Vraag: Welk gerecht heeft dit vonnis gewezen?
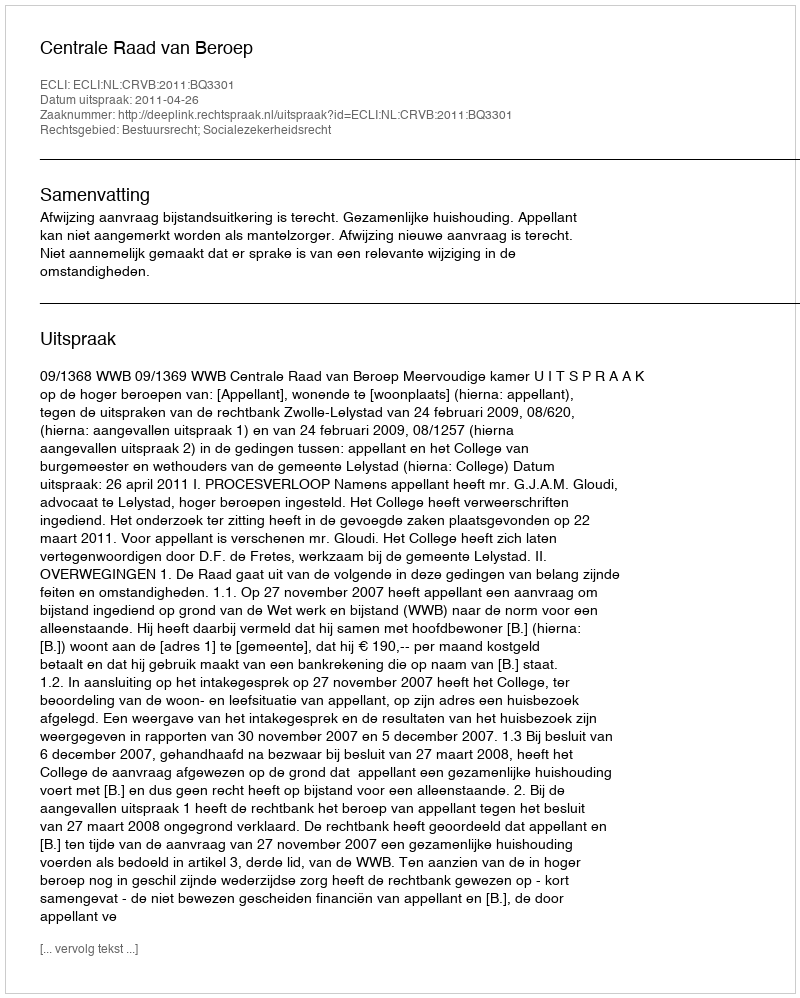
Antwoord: Centrale Raad van Beroep